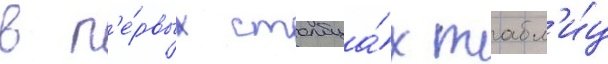
в п'е́рвых столбца́х табл'и́ц